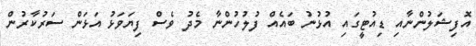
އޮފިޝަލުންނާއި ޑިއުޓީގައި އުޅުނު ބައެއް ފުލުހުންނާ މެދު ވެސް ފިޔަވަޅު އަޅަން ސަރުކާރުން